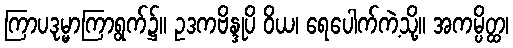
ကြာပဒုမ္မာကြာရွက်၌။ ဥဒကဗိန္ဒုပိ ဝိယ၊ ရေပေါက်ကဲ့သို့။ အကမ္ပိတ္ထ၊